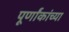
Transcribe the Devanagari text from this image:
पूर्णांकांच्या